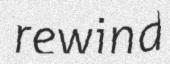
rewind